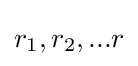
r_{1},r_{2},...r